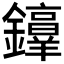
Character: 𫓜